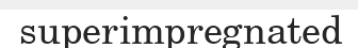
superimpregnated